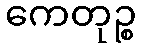
ကေတုဉ္စ